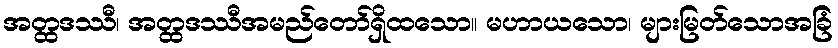
အတ္ထဒဿီ၊ အတ္ထဒဿီအမည်တော်ရှိထသော။ မဟာယသော၊ များမြတ်သောအခြံ